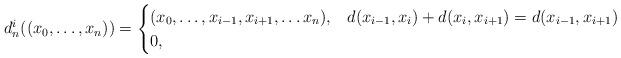
LaTeX: \begin{align*}d_n^i((x_0,\dots , x_n))=\begin{cases}(x_0,\dots ,x_{i-1},x_{i+1},\dots x_n), & d(x_{i-1},x_i)+d(x_i,x_{i+1})=d(x_{i-1},x_{i+1})\\0, & \end{cases}\end{align*}